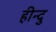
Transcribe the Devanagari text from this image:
हीन्दु